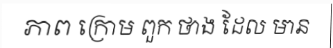
ភាព ក្រោម ពួក ថាង ដែល មាន